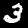
Digit: 3